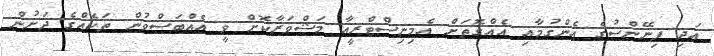
އަދި ފިނޭންސުގެ އެންގުމާއި އެއްގޮތަށް އެމިނިސްޓްރީއާ މަޝްވަރާކޮށް ވީ އެއްބަސްވުން ތަކެއްގެ ދަށުން